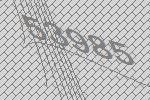
53985